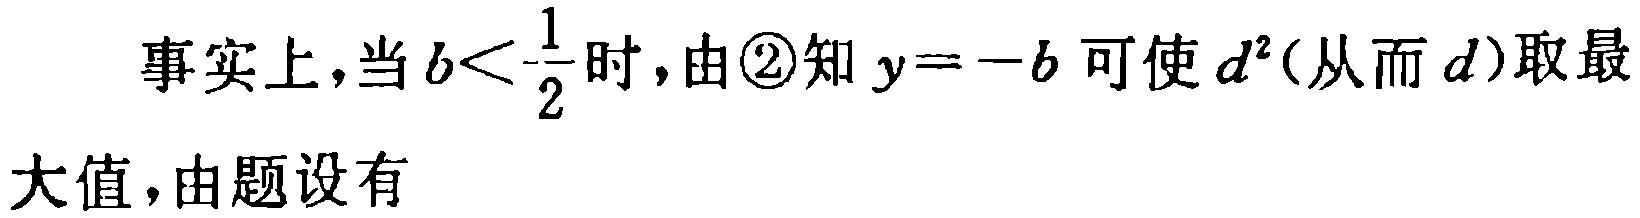
事实上，当\(b<\frac{1}{2}\)时，由\textcircled{2}知\(y = -b\)可使\(d^{2}\)(从而\(d\))取最
大值，由题设有